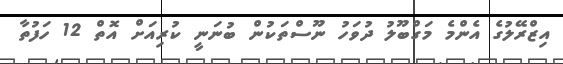
އިޒްރޭލުގެ އެންމެ މަގްބޫލު ދުވަހު ނޫސްތަކުން ބުނަނީ ކުރިއަށް އޮތް 12 ހަފުތާ